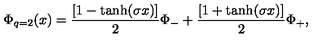
\Phi _ { q = 2 } ( x ) = { \frac { [ 1 - \tanh ( \sigma x ) ] } { 2 } } \Phi _ { - } + { \frac { [ 1 + \tanh ( \sigma x ) ] } { 2 } } \Phi _ { + } ,